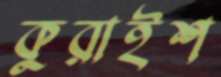
কুরাইশ